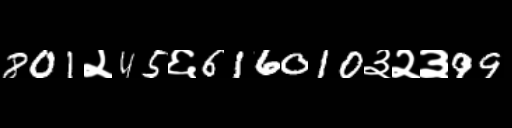
Text: 801२45६616010३२३99